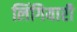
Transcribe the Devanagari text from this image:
लिंगियारी